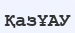
ҚазҰАУ